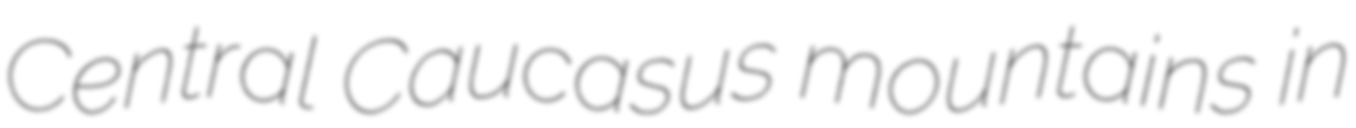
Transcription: Central Caucasus mountains in